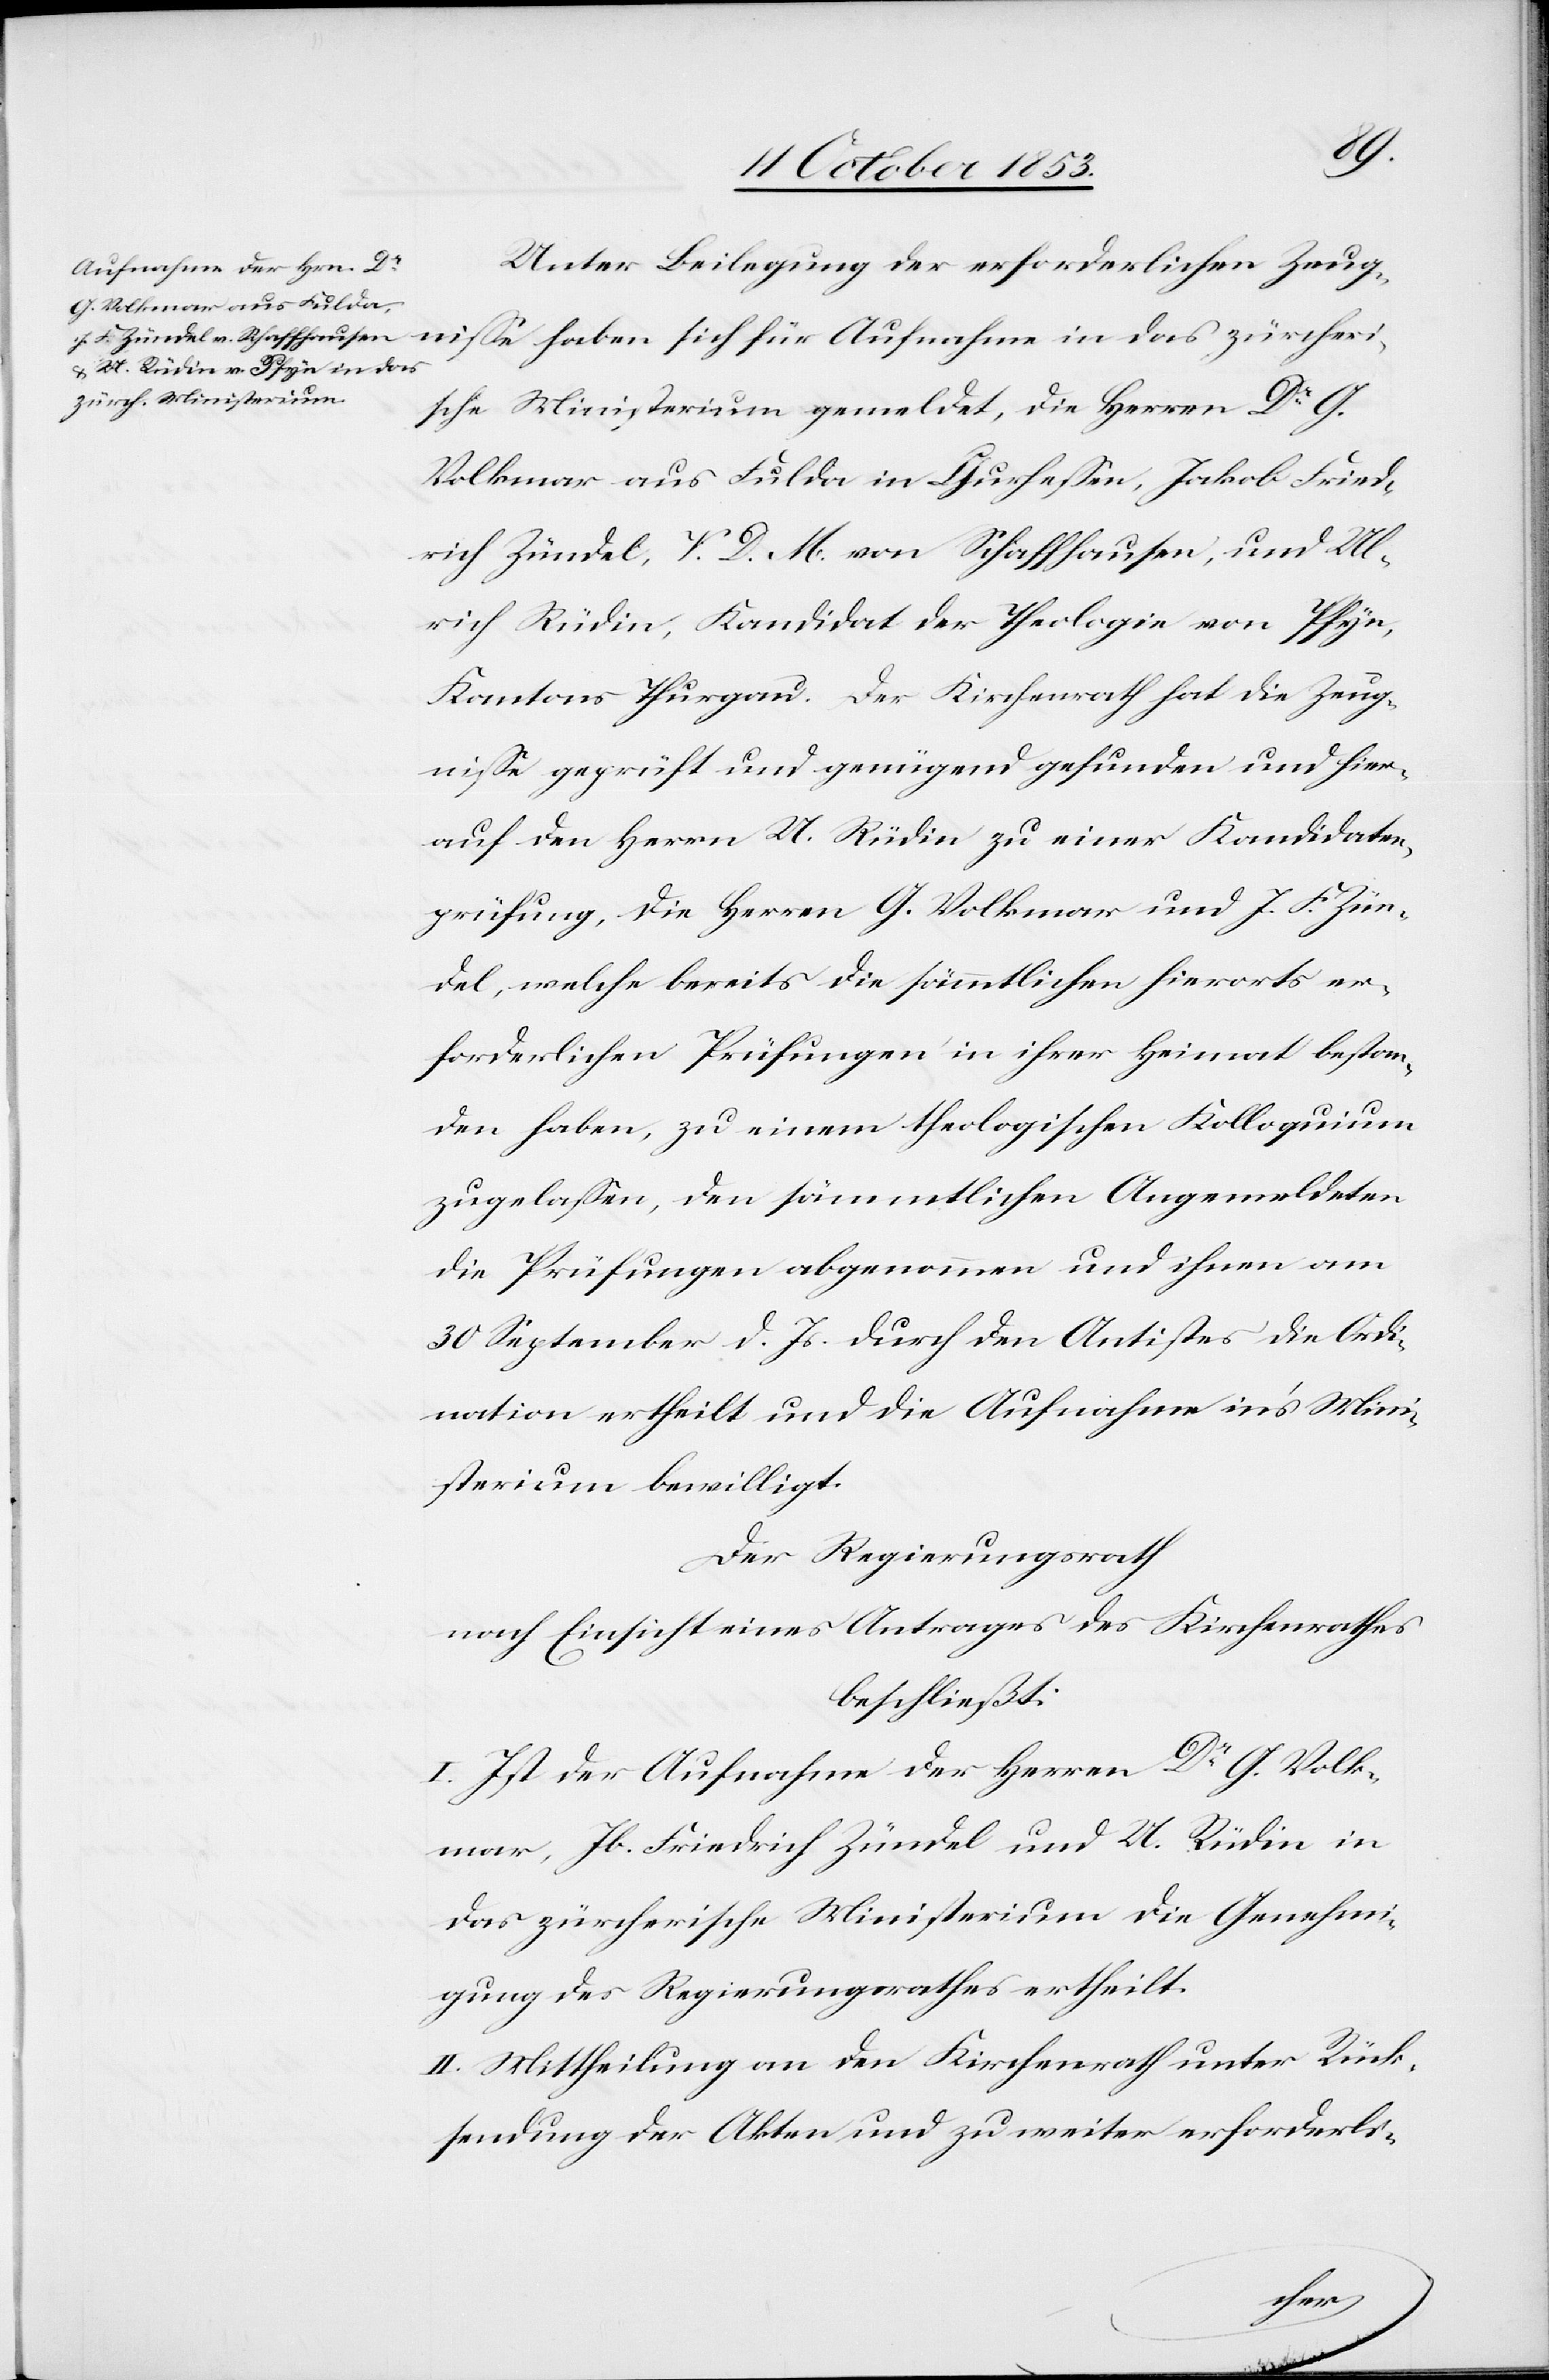
Unter Beilegung der erforderlichen Zeug¬
niße haben sich für Aufnahme in das zürcheri¬
sche Ministerium gemeldet, die Herrn Dr G.
Volkmar aus Fulda in Churheßen, Jakob Fried¬
rich Zündel, V. D. M. von Schaffhausen, und Ul¬
rich Rüdin, Kandidat der Theologie von Pfyn,
Kantons Thurgau. Der Kirchenrath hat die Zeug¬
niße geprüft und genügend gefunden und hier¬
auf den Herrn U. Rüdin zu einer Kandidaten¬
prüfung, die Herrn G. Volkmar und J. F. Zün¬
del, welche bereits die sämmtlichen hierorts er¬
forderlichen Prüfungen in ihrer Heimat bestan¬
den hatten, zu einem theologischen Kolloquium
zugelaßen, den sämmtlichen Angemeldeten
die Prüfungen abgenommen und ihnen am
30 September d. Js. durch den Antistes die Ordi¬
nation ertheilt und die Aufnahme in’s Mini¬
sterium bewilligt.
Der Regierungsrath
nach Einsicht eines Antrages des Kirchenrathes
beschließt:
I. Ist der Aufnahme der Herrn Dr G. Volk¬
mar, Jb. Friedrich Zündel und U. Rüdin in
das zürcherische Ministerium die Genehmi¬
gung des Regierungsrathes ertheilt.
II. Mittheilung an den Kirchenrath unter Rück¬
sendung der Akten und zu weiter erforderli-